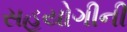
સહયોગીની